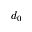
d _ { 0 }